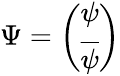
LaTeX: \Psi=\left(\begin{array}{c}{{\psi}}\\ {{\overline{{\psi}}}}\end{array}\right)